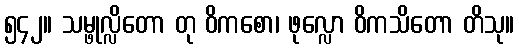
၅၄၂။ သမ္ဖုလ္လိတော တု ဝိကစော၊ ဖုလ္လော ဝိကသိတော တိသု။